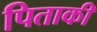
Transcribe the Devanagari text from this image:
पिताकी